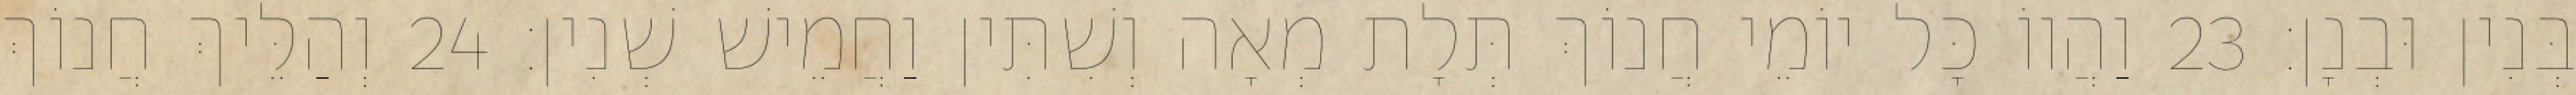
בְּנִין וּבְנָן׃ 23 וַהֲווֹ כָּל יוֹמֵי חֲנוֹךְ תְּלָת מְאָה וְשִׁתִּין וַחֲמֵישׁ שְׁנִין׃ 24 וְהַלֵּיךְ חֲנוֹךְ